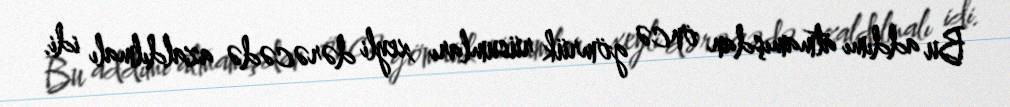
Bu addımı atmamışdan öncə gömrük rüsumları xeyli dərəcədə azaldılmalı idi.